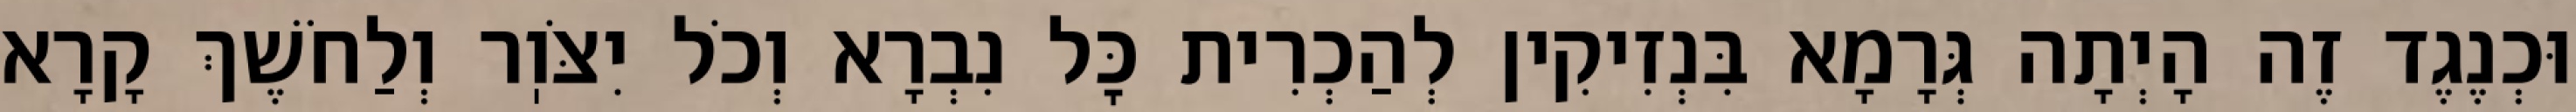
וּכְנֶגֶד זֶה הָיְתָה גְּרָמָא בִּנְזִיקִין לְהַכְרִית כׇּל נִבְרָא וְכֹל יִצֹּוֽר וְלַחֹשֶׁךְ קָרָא